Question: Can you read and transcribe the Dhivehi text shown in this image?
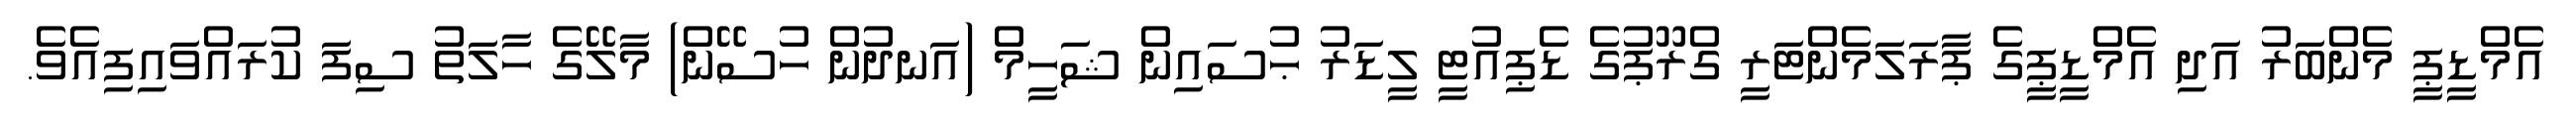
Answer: އެމްޑީޕީ މެންބަރު އަދި އެމްޑީޕީގެ ޕާރަލަމެންޓަރީ ގްރޫޕުގެ ޑެޕިއުޓީ ލީޑަރު ޙުސައިން ޝަހީމް (އަނދުން ހުސޭން) މާލޭގެ ހާލަތު ސިފަ ކުރައްވައިފިއެވެ.